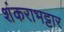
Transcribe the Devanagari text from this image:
शंकराभट्टार